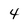
Character: 4